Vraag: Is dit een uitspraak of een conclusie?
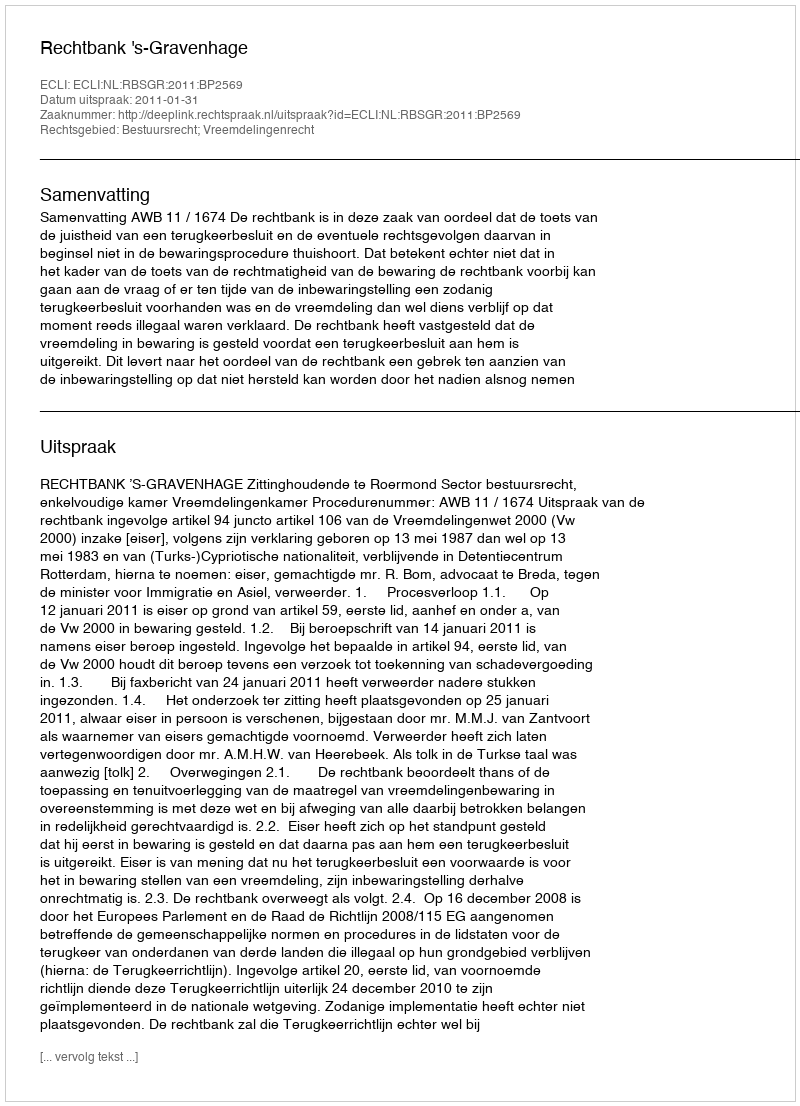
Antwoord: Uitspraak